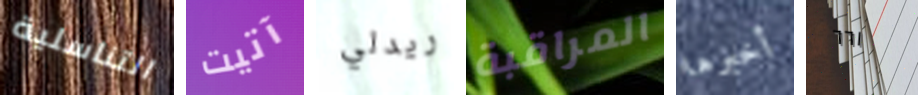
التناسلية آتيت ريدلي المراقبة أخبرها ٦٦١